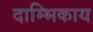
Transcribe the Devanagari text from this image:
दाम्भिकाय